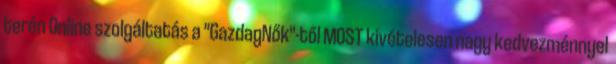
terén Online szolgáltatás a "GazdagNők"-től MOST kivételesen nagy kedvezménnyel